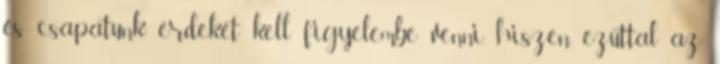
és csapatunk érdekét kell figyelembe venni, hiszen ezúttal az